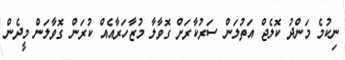
ނިކުމެ މަންދު ކޮލެޖް އަތުލަން ސަރުކާރަށް ގޮވާލާ މުޒާހަރާއެއް ކުރަން ގޮވާލަން މީދެން